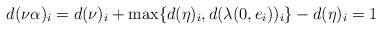
LaTeX: \begin{align*}d(\nu\alpha)_i=d(\nu)_i+\max\{d(\eta)_i,d(\lambda(0,e_i))_i\}-d(\eta)_i=1\end{align*}